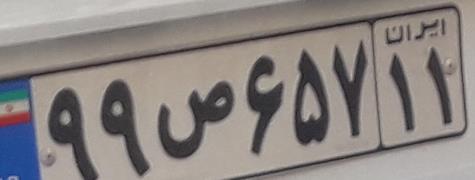
۹۹ص۶۵۷۱۱